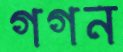
গগন